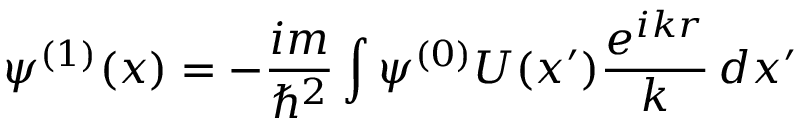
\psi ^ { ( 1 ) } ( x ) = - { \frac { i m } { \hbar ^ { 2 } } } \int \psi ^ { ( 0 ) } U ( x ^ { \prime } ) { \frac { e ^ { i k r } } { k } } \, d x ^ { \prime }